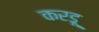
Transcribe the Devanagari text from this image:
करडू